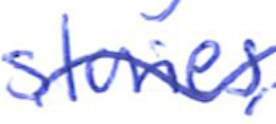
Text: stories,
Cross-out: mix
Writing tool: ballpoint